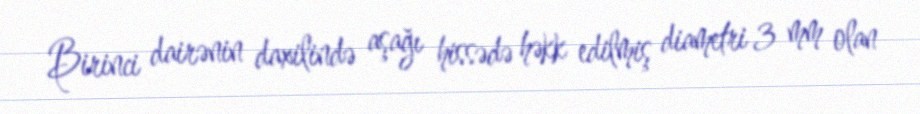
Birinci dairənin daxilində aşağı hissədə həkk edilmiş diametri 3 mm olan